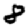
Digit: 8